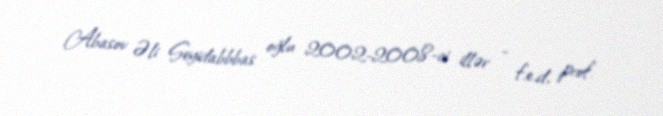
Abasov Əli Seyidabbbas oğlu 2002-2008-ci illər - f.e.d, prof.